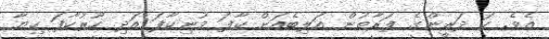
އެވެ. ހަ ދަރީންގެ ފަރާތުން އަލިބެއަށް ކާފަ މުނިކާފަ އަދި ހޫރުކާފަ ކިޔާ